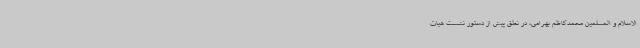
الاسلام و المسلمین محمدکاظم بهرامی، در نطق پیش از دستور نشست هیات